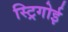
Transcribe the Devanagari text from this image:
स्ट्रिगोई